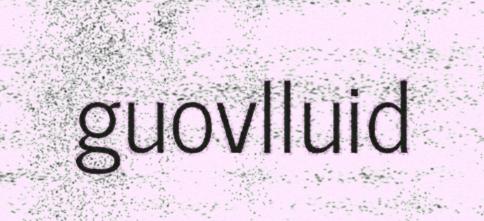
guovlluid